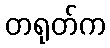
တရုတ်က